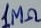
Text: 1MΩ